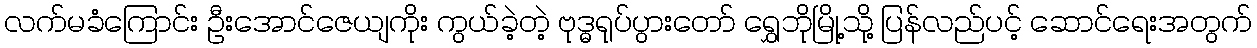
လက်မခံကြောင်း ဦးအောင်ဇေယျကိုး ကွယ်ခဲ့တဲ့ ဗုဒ္ဓရုပ်ပွားတော် ရွှေဘိုမြို့သို့ ပြန်လည်ပင့် ဆောင်ရေးအတွက်